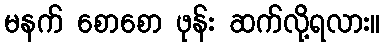
မနက် စောစော ဖုန်း ဆက်လို့ရလား။